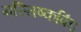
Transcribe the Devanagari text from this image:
मस्तिष्कपिंड